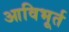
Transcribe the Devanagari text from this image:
आविभूर्त